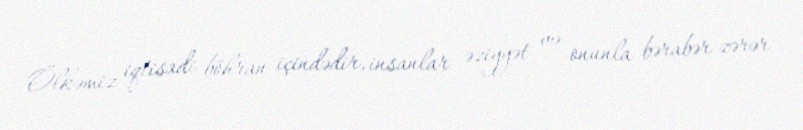
Ölkəmiz iqtisadi böhran içindədir, insanlar əziyyət və onunla bərabər zərər